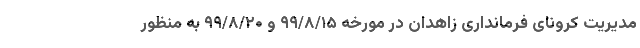
مدیریت کرونای فرمانداری زاهدان در مورخه ۹۹/۸/۱۵ و ۹۹/۸/۲۰ به منظور